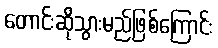
တောင်းဆိုသွားမည်ဖြစ်ကြောင်း